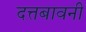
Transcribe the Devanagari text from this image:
दत्तबावनी